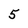
Character: 5